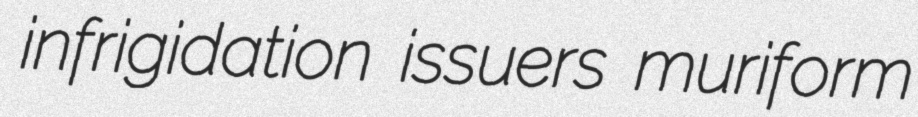
infrigidation issuers muriform